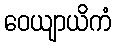
ဝေယျာယိကံ